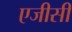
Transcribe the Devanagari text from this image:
एजीसी